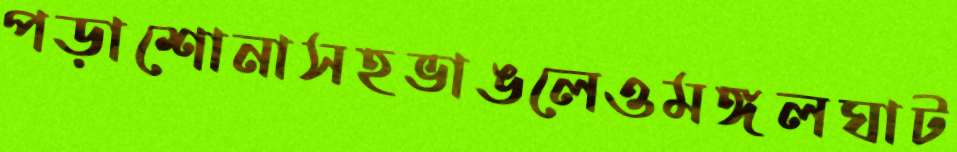
পড়াশোনাসহভাঙলেওমঙ্গলঘাট